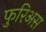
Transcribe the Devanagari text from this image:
फुरिअस